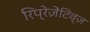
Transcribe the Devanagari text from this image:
रिप्रेज़ेंटिव्ज़